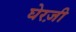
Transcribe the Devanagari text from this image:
घेरज़ी